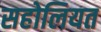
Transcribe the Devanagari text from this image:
सहोलियत